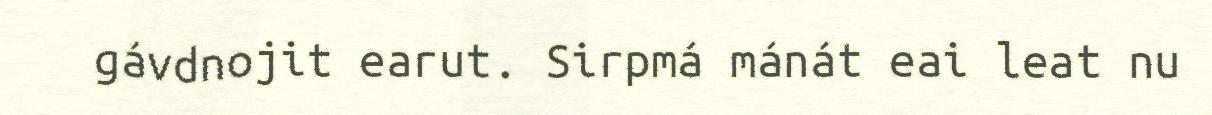
gávdnojit earut. Sirpmá mánát eai leat nu